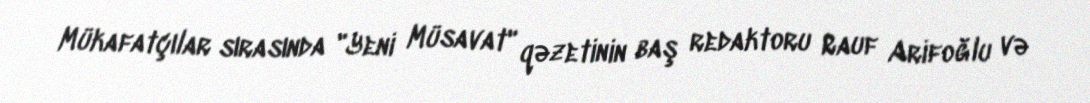
Mükafatçılar sırasında "Yeni Müsavat" qəzetinin baş redaktoru Rauf Arifoğlu və